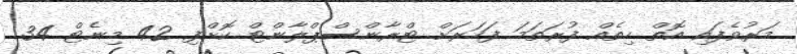
މަރުވެފައި އޮތް ހިތެއް ފުރަތަމަ ފަހަރަށް ޓްރާންސްޕްލާންޓް ކޮށްފި 42 މިނެޓް 34